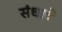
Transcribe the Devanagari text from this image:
संधाचे